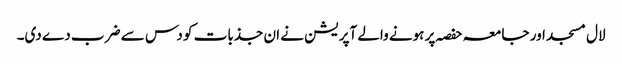
لال مسجد اور جامعہ حفصہ پر ہونے والے آپریشن نے ان جذبات کو دس سے ضرب دے دی۔